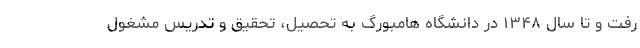
رفت و تا سال ۱۳۴۸ در دانشگاه هامبورگ به تحصیل، تحقیق و تدریس مشغول